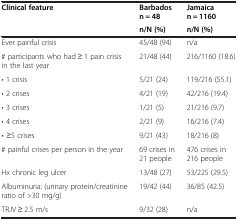
<table><thead><tr><td rowspan="2"><b>Clinical feature</b></td><td><b>Barbados n = 48</b></td><td><b>Jamaica n = 1160</b></td></tr><tr><td><b>n/N (%)</b></td><td><b>n/N (%)</b></td></tr></thead><tbody><tr><td>Ever painful crisis</td><td>45/48 (94)</td><td>n/a</td></tr><tr><td># participants who had ≥ 1 pain crisis in the last year</td><td>21/48 (44)</td><td>216/1160 (18.6)</td></tr><tr><td>• 1 crisis</td><td>5/21 (24)</td><td>119/216 (55.1)</td></tr><tr><td>• 2 crises</td><td>4/21 (19)</td><td>42/216 (19.4)</td></tr><tr><td>• 3 crises</td><td>1/21 (5)</td><td>21/216 (9.7)</td></tr><tr><td>• 4 crises</td><td>2/21 (9)</td><td>16/216 (7.4)</td></tr><tr><td>• ≥5 crises</td><td>9/21 (43)</td><td>18/216 (8)</td></tr><tr><td># painful crises per person in the year</td><td>69 crises in 21 people</td><td>476 crises in 216 people</td></tr><tr><td>Hx chronic leg ulcer</td><td>13/48 (27)</td><td>53/225 (29.5)</td></tr><tr><td>Albuminuria: (urinary protein/creatinine ratio of &gt;30 mg/g)</td><td>19/42 (44)</td><td>36/85 (42.5)</td></tr><tr><td>TRJV ≥ 2.5 m/s</td><td>9/32 (28)</td><td>n/a</td></tr></tbody></table>